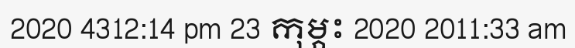
2020 4312:14 pm 23 កុម្ភះ 2020 2011:33 am